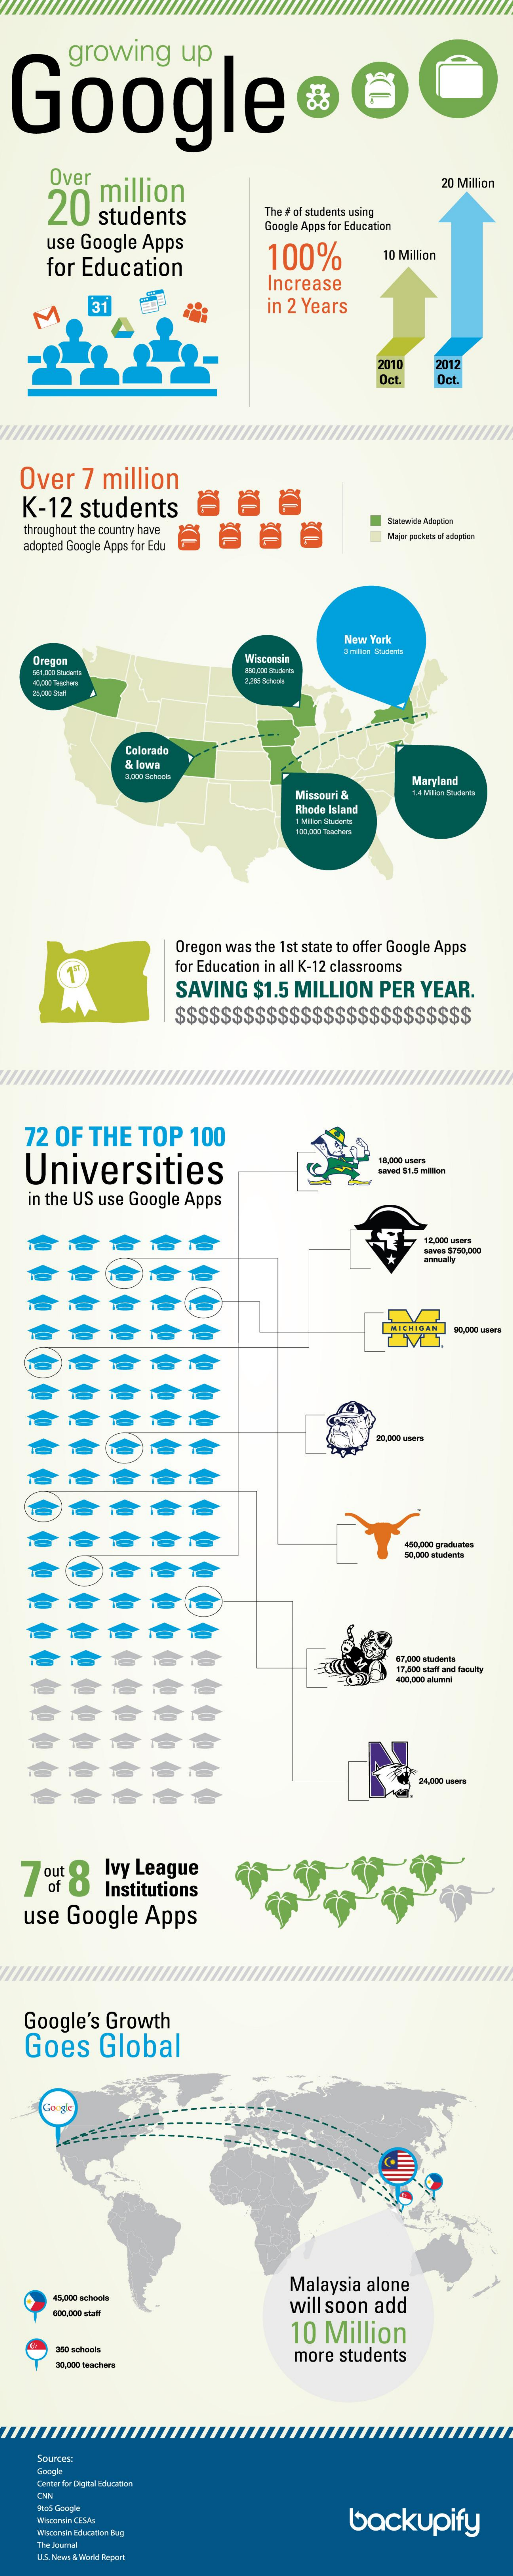
growing   up
  Google
     Over
     million 20 students
     20 Million
     The # af students using
    use Google Apps
     Google Apps for Education
     for Education    100%    10 Million
     Increase
   M
     31    in 2 Years
     2010
     Oct
     2012
     Oct.
  Over  7 million
   K-12 students  B   &   B
  throughout the country have    Satiwide Adoption
  adopted Google Apps for Edu
     Major peckers of adoption
     New York
   Oregon    Wiacsesin
     2.316 School
   11/ 300 Mat
     Colorado
     & lowa
     0.000 School
     Missouri &
     Maryland
     Rhade laland
     180.800 Teschon
     Oregon was the 1st state to offer Google Apps
     for Education in all K-12 classrooms
     SAVING $1.5 MILLION PER YEAR.
     $S$$$SS$$$S    $$$S$$$S$
     ////////////////////////////////
   72 OF THE TOP  100
   Universities
     4,000 mers
     vad 51.5 million
   in the US use Google Apps
     saves 5750,000
     enmasty
     20,000 aters
     450.000 graduate
     30,000 atadents
     67.000 ataderta
     11,500 start and faculty
     14,200 umOF
  7 out8  Ivy League
     Institutions
   use Google Apps
   Google's Growth
   Goes  Global
     Malaysia alone
     45,000 schools
     will soon add
     10 Million
     80 schools
     50,000 teachers
     more students
    Center for Digital Cifucation
     backupify Whycamin CESAs
    Wisconsin Education Blag
    U.S. Nevn & Mitgeld Report